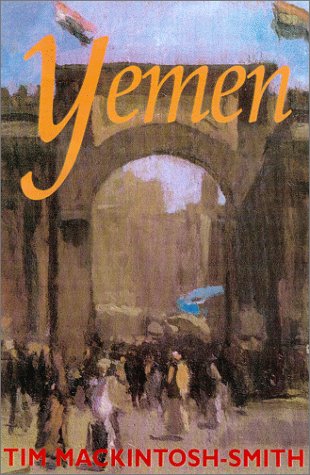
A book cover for Yemen; Tim Mackintosh-Smith; History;